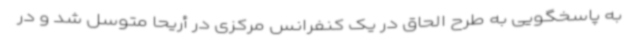
به پاسخگویی به طرح الحاق در یک کنفرانس مرکزی در أریحا متوسل شد و در